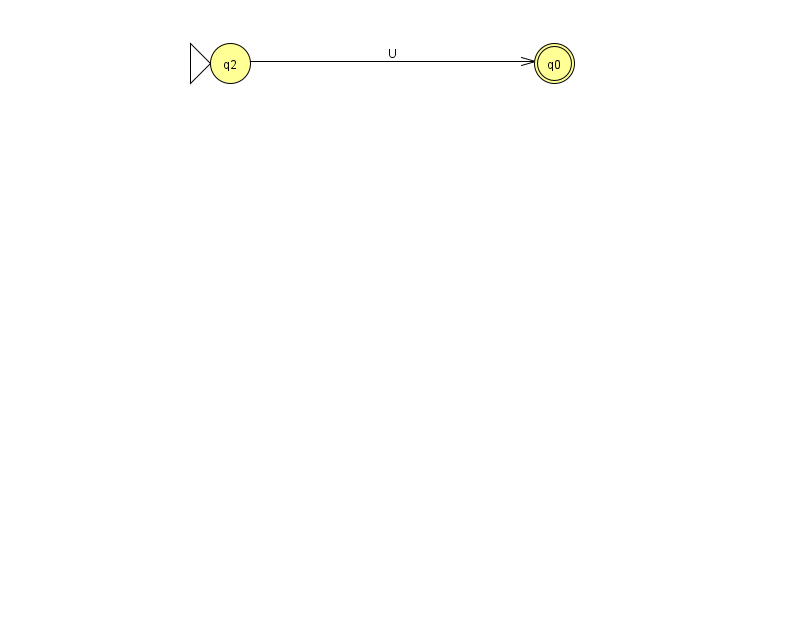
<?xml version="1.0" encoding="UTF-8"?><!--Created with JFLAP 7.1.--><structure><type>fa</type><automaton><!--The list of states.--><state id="0" name="q0"><x>554.0</x><y>50.0</y><final/></state><state id="2" name="q2"><x>230.0</x><y>50.0</y><initial/></state><!--The list of transitions.--><transition><from>2</from><to>0</to><read>U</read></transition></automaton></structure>